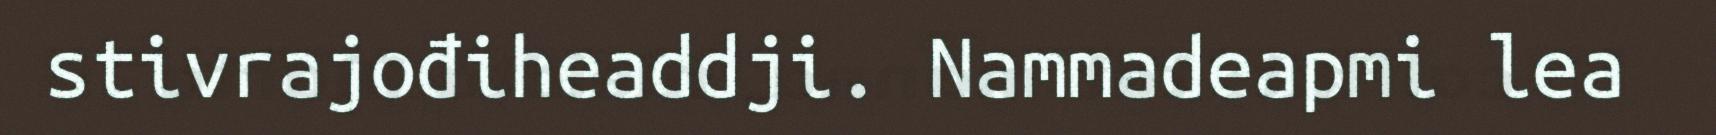
stivrajođiheaddji. Nammadeapmi lea